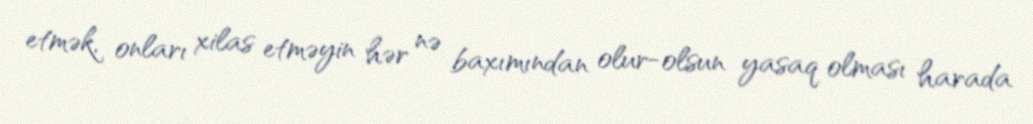
etmək, onları xilas etməyin hər nə baxımından olur-olsun yasaq olması harada